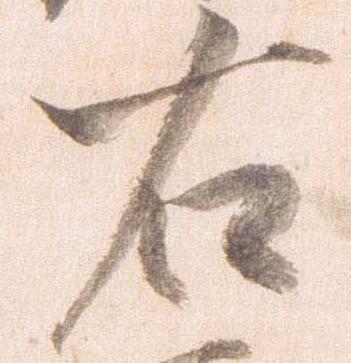
右